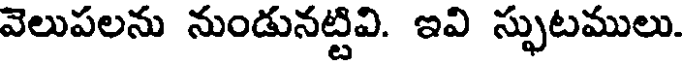
వెలుపలను నుండునట్టివి. ఇవి స్ఫుటములు.